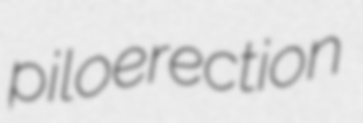
piloerection